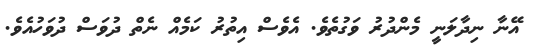
އޭނާ ނިދާލަނީ މެންދުރު ވަގުތެވެ. އެވެސް އިތުރު ކަމެއް ނެތް ދުވަސް ދުވަހުއެވެ.